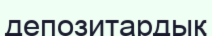
депозитардық